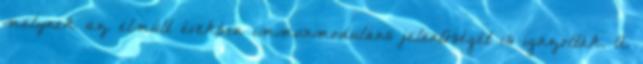
melynek az elmúlt években immunmoduláns jelentőségét is igazolták. A